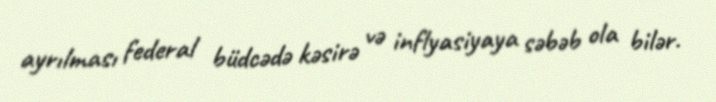
ayrılması federal büdcədə kəsirə və inflyasiyaya səbəb ola bilər.